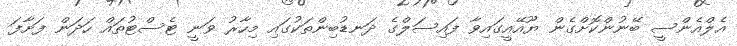
އެލްއެންސީ ބޭނުންކޮށްގެން ޔޫއޭއީގައިވާ ފައިސަލްގެ ދަނޑުބިންތަކުގައި މިހާރު ވަނީ ޓެސްޓުތައް ހަދަން ފަށާފަ